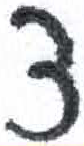
אות: צ